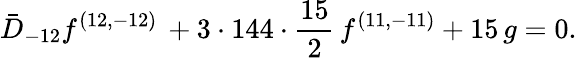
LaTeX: {\bar{D}_{-12}f^{(12,-12)}\, +3\cdot 144\cdot{\frac{15}{2}}\, f^{(11,-11)}+15\, g=0.}